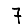
Digit: 7